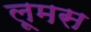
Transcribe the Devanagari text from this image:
लूमस